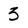
Character: 3